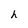
Character: h